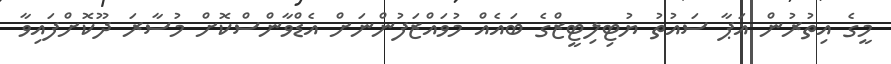
މީގެ އިތުރުން އަޕާ ސައުތު ޔުޓިލިޓީޒްގެ ބައެއް މުވައްޒަފުންނަށް އެޑްވާންސްކޮށް މުސާރަ ދޫކޮށްފައިވާ